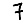
Digit: 7